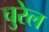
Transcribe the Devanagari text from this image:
चुरेल